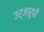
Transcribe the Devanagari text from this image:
उर्जारुपी